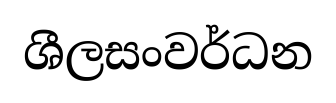
ශීලසංවර්ධන